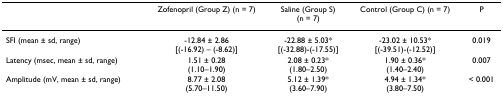
<table><thead><tr><td></td><td><b>Zofenopril (Group Z) (n = 7)</b></td><td><b>Saline (Group S)(n = 7)</b></td><td><b>Control (Group C) (n = 7)</b></td><td><b>P</b></td></tr></thead><tbody><tr><td>SFI (mean ± sd, range)</td><td>-12.84 ± 2.86[(-16.92) – (-8.62)]</td><td>-22.88 ± 5.03*[(-32.88)-(-17.55)]</td><td>-23.02 ± 10.53*[(-39.51)-(-12.52)]</td><td>0.019</td></tr><tr><td>Latency (msec, mean ± sd, range)</td><td>1.51 ± 0.28(1.10–1.90)</td><td>2.08 ± 0.23*(1.80–2.50)</td><td>1.90 ± 0.36*(1.40–2.40)</td><td>0.007</td></tr><tr><td>Amplitude (mV, mean ± sd, range)</td><td>8.77 ± 2.08(5.70–11.50)</td><td>5.12 ± 1.39*(3.60–7.90)</td><td>4.94 ± 1.34*(3.80–7.50)</td><td>&lt; 0.001</td></tr></tbody></table>